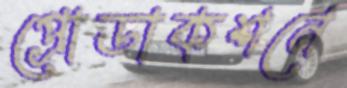
প্রোডাকশনে